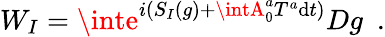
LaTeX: W_{I}=\inte^{i(S_{I}(g)+\intA_{0}^{a}T^{a}\mathrm{d}t)}Dg\ \ .